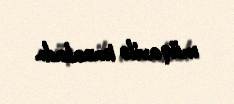
müqavilə imzaladı.